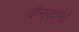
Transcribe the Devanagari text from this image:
वीनरवर्स्ट